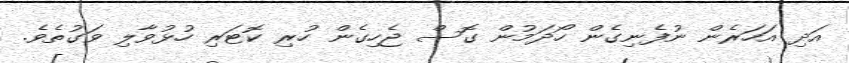
އަދި އަހަރެން ނުފެނިގެން ހޯދަމުން ގޮސް ޖެހިގެން ހުރި ކޮޓަރި ހުޅުވާލި ވަގުތެވެ.